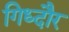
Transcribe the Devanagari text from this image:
गिध्दौर